King Institute of Preventive Medicine Bacteriolog. Section reports 1907-08
Year: 1907
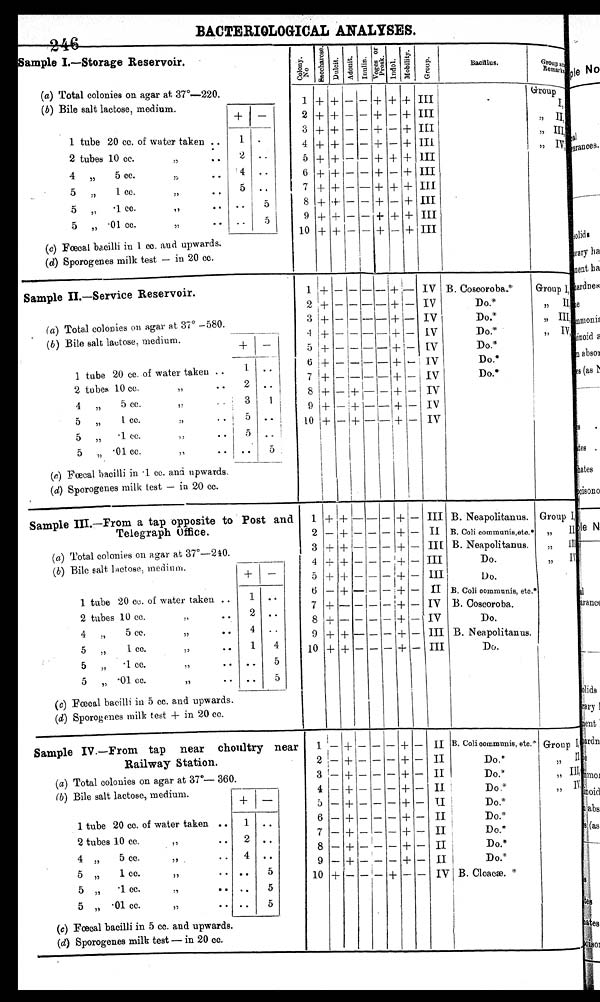
BACTERIOLOGICAL ANALYSES.
246
Sample I.—Storage Reservoir.
(a) Total colonies on agar at 37°-220.
(b) Bile salt lactose, medium.
--
1 tube 20 cc. of water taken..
1 •
2 tubes 10 cc.
2
, .
,,
• •
4
„
5 cc.
,,
• •
4
..
5
.,
1 cc.,
.. ,
,,
• •
.5
„
.1 cc.
,,
• •
• •
5
„ • 01 cc.
,,
(c) Foecal bacilli in 1 cc. and upwards.
(d) Sporogenes milk test — in 20 cc.
C o l o n y
N o .
S a c c h a r o s e .
D u l c i t . A d o n i t . I n u l i n .
Vo g s o r p r o s k
I n d o l .
M o b i l i t y
G r o u p .
Bacillus.
Group an
Remarks
1
2
3
4
5
6
7
8
9
10
+
+
+
+
+
+
+
+
+
+
+
+
+
+
+
+
+
+
+
+
—
—
—
—
—
—
—
—
—
—
—
—
—
—
—
—
—
—
—
+
+
+
+
+
+
+
+
+
+
+
—
—
—
+
—
+
—
+
—
+-
+
+
+
+
+
+
+
+
+
II I
III
III
I I I
1II
III
III
III
III
III
'
G r o u p
I
II
,,
III,
, IV,
Sample II.—Service Reservoir.
(a) Total colonies on agar at 37° —580.
(b) Bile salt lactose, medium.
+ -
1 tube 20 cc. of water taken ..
1 • •
2 tubes 1.0 cc.
>7
. •
2 • .
4
„
5 cc.
,,
. .
3
1
5
„
tee.
,,
..
5 • •
5
„
• 1 ce.
,,
.
a
• '
5
„ • 01 cc.
,,
• •
. •
.
(c) Fœcal bacilli in •1 cc. and upwards.
(d) Sporogenes milk test — in 20 cc.
1
2
3
4
5
6
-7
8
9
10
+
+
+
+
+
+
+
+
+
+
—
—
—
—
—
—
—
—
—
—
—
—
—
—
–
—
—
+
+
+
--
—
—
—
—
—
—
— —
—
—
—
—
—
—
—
—
—
—
+
+
+ + + +
+
+
+
+
—
—
—
—
—
—
—
—
—
—
IV
IV
IV
IV
IV
IV
IV
IV
IV
IV
B. Ooscoroba.
*
Do.*
Do.*
Do.*
Do.*
Do.*
Do.*
I
Group I,
,, II,
,, III,
,, Iv,
Sample III.—From a tap opposite to Post and
Telegraph Office.
(a) Total colonies on agar at 37°-240.
(b) Bile salt lactose, medium.
+ -
1 tube 20 cc. of water taken ..
1 •
2 tubes 10 cc.
• •
2 •..
4 „
5 cc.
,,
• •
4
..
5 „
1 cc.
,,
1
d
5 ,, .1 cc.
,,
..
..
5
5
'01 cc.
•
.
• •
5
(c) Faecal bacilli in 5 cc. and upwards.
(d) Sporogenes milk test + in 20 cc.
1
2
3
4
5
6
7
8
9
10
+
—
+
+
+
—
+
+
+
+
+
+
+
+
+
+
—
—
+ +
—
—
—
—
—
--
—
—
—
—
—
—
—
—
—
—
—
—
— —
—
—
—
—
—
—
—
—
—
—
+
+
+ + + +
+
+
+
+
—
—
—
—
—
—
—
—
—
—
III
II
III
III
III
II
IV
IV
III
III
B. Neapolitanus.
B. Coli communis,eto.
B. Neapolitanus.
Do.
Do .
B. communis,etc."
B. Coscoroba.
Do.
B. Neapolitanus.
Do.
1
Group I, , ,
II
,,
I I
I
,,
I V
Sample IV.—From tap near choultry near
Railway Station.
(a) Total colonies on agar at 37°— 360.
(b) Bile salt lactose, medium.
+ —
1 tube 20 cc. of water taken ..
1 ..
2 tubes 10 cc.
,,
..
2 ..
4 „
5 cc.
,, .. 4 ..
5 „
1 cc.
,,
• • • •
5
5 „
• 1 cc.
,,
• • ..
5
5
•01 cc.
,,
• • ..
5
(c) Faecal bacilli in 5 cc. and upwards.
(d) Sporogenes milk test — in 20 cc.
.
1
2
3
4
5
6
7
8
9
10
—
—
— -
—
—
—
—
—
—
+
+
+
+
+
+
+
+
+
+
—
—
— —
—
—
—
—
—
—
—
—
—
—
—
—
—
–
—
—
—
—
—
—
— —
—
—
— —
+
+
+
+ + + +
+
+
+
+
—
—
—
—
—
—
—
—
—
II
II
II
II
II
II
II
II
II
IV
B. Coli communis, etc.
Do.*
D o . *
D o . *
Do.*
Do.*
Do.*
Do.*
Do.*
B. Cloacæ.
Group 1,
II
„ III,
,